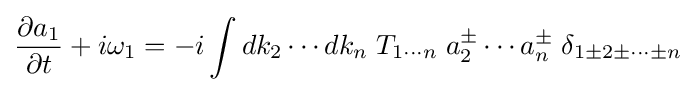
{\frac {\partial a_{1}}{\partial t}}+i\omega _{1}=-i\int dk_{2}\cdots dk_{n}\;T_{1\cdots n}\;a_{2}^{\pm }\cdots a_{n}^{\pm }\;\delta _{1\pm 2\pm \cdots \pm n}